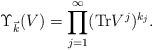
\begin{align*}\Upsilon_{\vec k} (V)=\prod_{j=1}^{\infty} ({\rm Tr} V^j)^{k_j}.\end{align*}